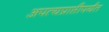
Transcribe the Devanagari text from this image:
अपत्यप्राप्तीपर्यंत